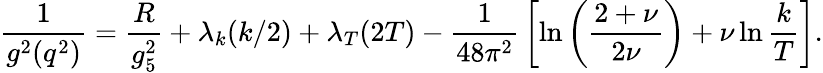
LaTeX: {\frac{1}{g^{2}(q^{2})}}={\frac{R}{g_{5}^{2}}}+\lambda_{k}(k/2)+\lambda_{T}(2T)-{\frac{1}{48\pi^{2}}}\left[\ln\left({\frac{2+\nu}{2\nu}}\right)+\nu\ln{\frac{k}{T}}\right].